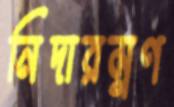
নিদারম্নণ